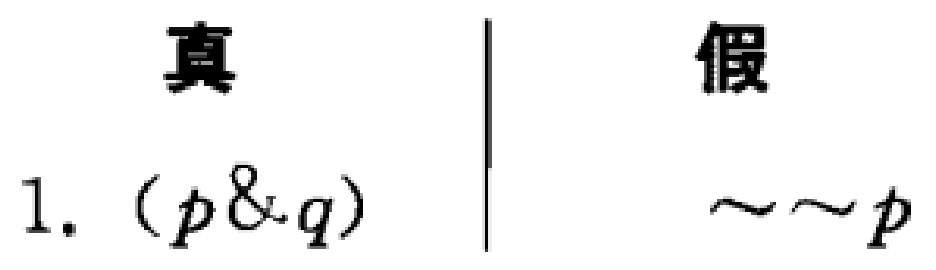
真 | 假
1. $(p\&q)$ | $\sim\sim p$